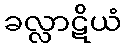
ခလ္လာဋိယံ